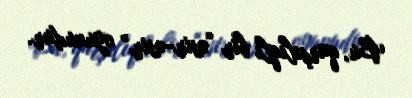
Bu, qarşılıqlı bir “əsir-əsir” oyunudur.